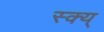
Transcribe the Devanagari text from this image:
स्क्य्